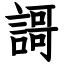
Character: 謌